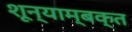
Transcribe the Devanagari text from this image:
शून्याम्बक्त